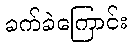
ခက်ခဲကြောင်း